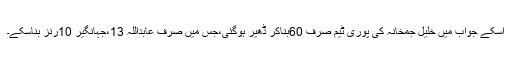
اسکے جواب میں خلیل جمخانہ کی پوری ٹیم صرف 60بناکر ڈھیر ہوگئی،جس میں صرف عابداللہ 13،جہانگیر 10رنز بناسکے۔